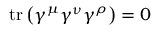
\operatorname { t r } \left( \gamma ^ { \mu } \gamma ^ { \nu } \gamma ^ { \rho } \right) = 0